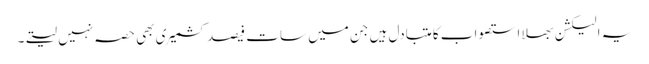
یہ الیکشن بھلا استصواب کا متبادل ہیں جن میں سات فیصد کشمیری بھی حصہ نہیں لیتے۔